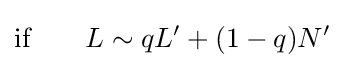
{\text{if}}\qquad L\sim qL'+(1-q)N'